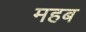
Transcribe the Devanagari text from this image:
महब